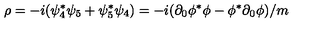
\rho = - i ( \psi _ { 4 } ^ { * } \psi _ { 5 } + \psi _ { 5 } ^ { * } \psi _ { 4 } ) = - i ( \partial _ { 0 } \phi ^ { * } \phi - \phi ^ { * } \partial _ { 0 } \phi ) / m